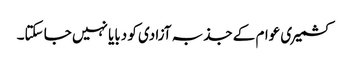
کشمیری عوام کے جذبہ آزادی کو دبایا نہیں جا سکتا۔